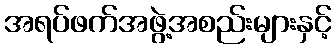
အရပ်ဖက်အဖွဲ့အစည်းများနှင့်